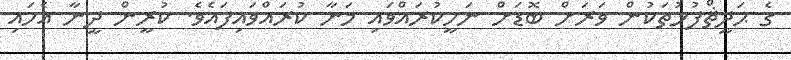
ގެ ޙަދީޘްފުޅުތަކުން ވަރަށް ބޮޑަށް ނަހީކުރައްވައި މަނާ ކުރައްވައިފައެވެ. ކުރީން ދީނާ އެހައި